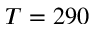
T = 2 9 0